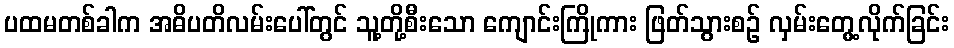
ပထမတစ်ခါက အဓိပတိလမ်းပေါ်တွင် သူ့တို့စီးသော ကျောင်းကြိုကား ဖြတ်သွားစဉ် လှမ်းတွေ့လိုက်ခြင်း